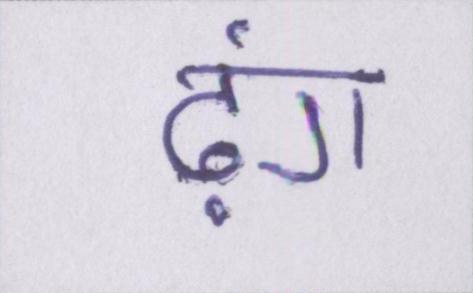
ढ़ंग